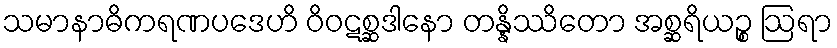
သမာနာဓိကရဏပဒေဟိ ဝိဝဋစ္ဆဒါနော တန္နိဿိတော အစ္ဆရိယဉ္စ ဩရာ